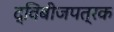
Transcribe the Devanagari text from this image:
द्विबीजपत्रक